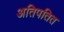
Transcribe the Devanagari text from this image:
अतिपतित